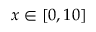
x \in [ 0 , 1 0 ]